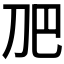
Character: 𭃋